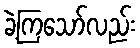
ခဲ့ကြသော်လည်း